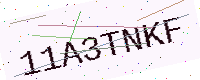
Text: 11A3TNKF